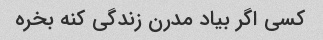
کسی اگر بیاد مدرن زندگی کنه بخره